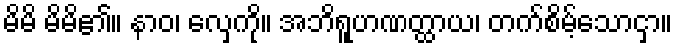
မိမိ မိမိ၏။ နာဝ၊ လှေကို။ အဘိရူဟဏတ္ထာယ၊ တက်စိမ့်သောငှာ။